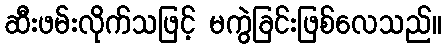
ဆီးဖမ်းလိုက်သဖြင့် မကွဲခြင်းဖြစ်လေသည်။